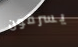
يسرقون